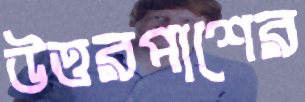
উত্তরপাশের